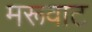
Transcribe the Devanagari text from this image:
मरूवाट